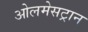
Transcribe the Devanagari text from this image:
ओलमेसट्रान